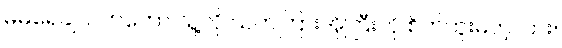
မမရေချယ်ကကော သူ့လို သက်ကြားအိုကြီးကို စိတ်ကူးမတဲ့လား။